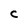
Character: C